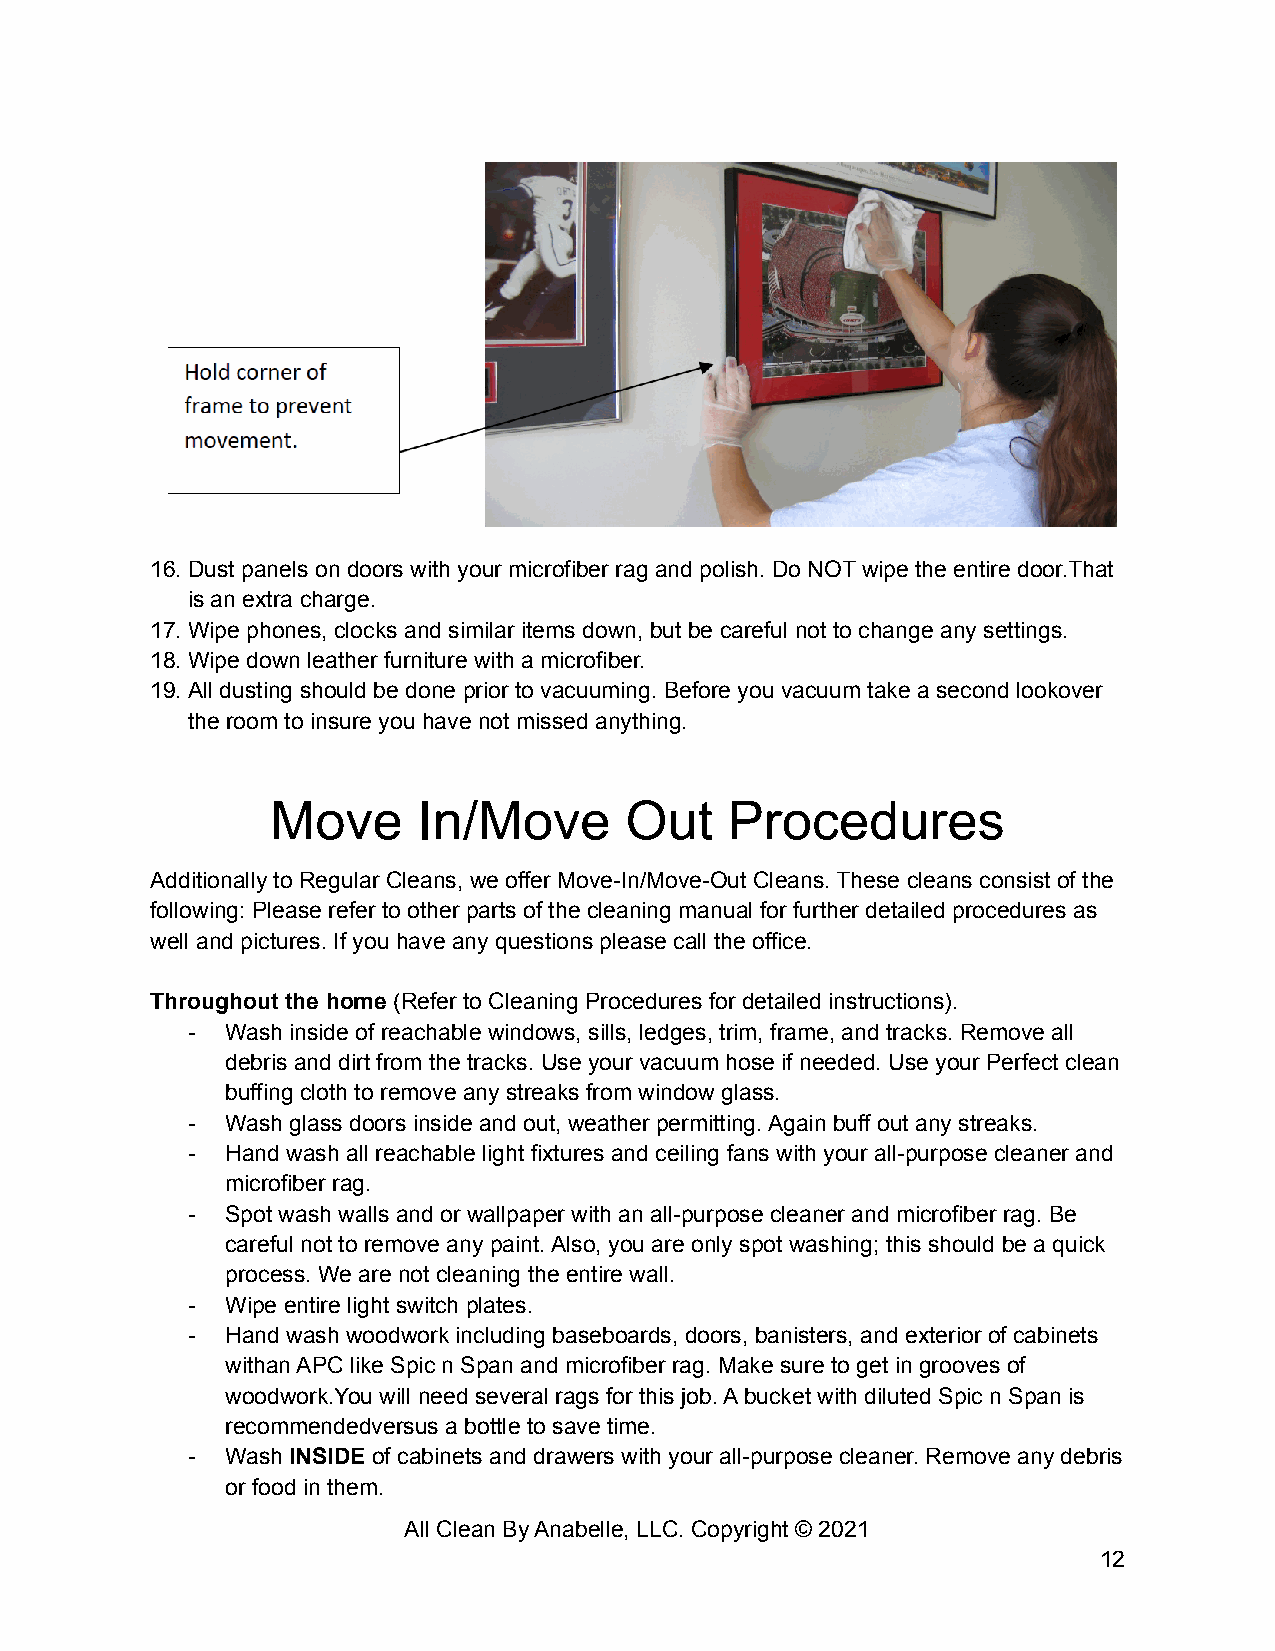
16.Dust panels on doors with your microfiber rag and polish. Do NOT wipe the entire door.That
 is an extra charge.
 17.Wipe phones, clocks and similar items down, but be careful not to change any settings.
 18.Wipe down leather furniture with a microfiber.
 19.All dusting should be done prior to vacuuming. Before you vacuum take a second lookover
 the room to insure you have not missed anything.
 Move      In/Move      Out    Procedures
 Additionally to Regular Cleans, we offer Move-In/Move-Out Cleans. These cleans consist of the
 following: Please refer to other parts of the cleaning manual for further detailed procedures as
 well and pictures. If you have any questions please call the office.
 Throughout the home (Refer to Cleaning Procedures for detailed instructions).
 -  Wash inside of reachable windows, sills, ledges, trim, frame, and tracks. Remove all
 debris and dirt from the tracks. Use your vacuum hose if needed. Use your Perfect clean
 buffing cloth to remove any streaks from window glass.
 -  Wash glass doors inside and out, weather permitting. Again buff out any streaks.
 -  Hand wash all reachable light fixtures and ceiling fans with your all-purpose cleaner and
 microfiber rag.
 -  Spot wash walls and or wallpaper with an all-purpose cleaner and microfiber rag. Be
 careful not to remove any paint. Also, you are only spot washing; this should be a quick
 process. We are not cleaning the entire wall.
 -  Wipe entire light switch plates.
 -  Hand wash woodwork including baseboards, doors, banisters, and exterior of cabinets
 withan APC like Spic n Span and microfiber rag. Make sure to get in grooves of
 woodwork.You will need several rags for this job. A bucket with diluted Spic n Span is
 recommendedversus a bottle to save time.
 -  Wash INSIDE of cabinets and drawers with your all-purpose cleaner. Remove any debris
 or food in them.
 All Clean By Anabelle, LLC. Copyright © 2021
 12